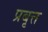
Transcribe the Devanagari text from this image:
प्रबृत्त